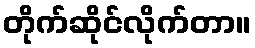
တိုက်ဆိုင်လိုက်တာ။